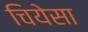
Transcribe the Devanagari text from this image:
चियेसा